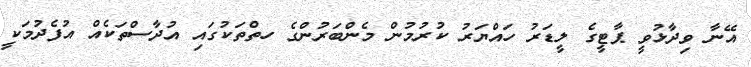
އޭނާ ވިދާޅުވީ ޕާޓީގެ ލީޑަރު ހައްޔަރު ކުރުމުން މެންބަރުންގެ ހތްތަކުގައި އުދާސްތަކެއް އުފެދުމަކީ